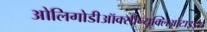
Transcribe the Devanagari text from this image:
ओलिगोडीऑक्सीन्यूक्लिओटाइड्स